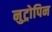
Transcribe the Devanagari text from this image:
नुट्रोपिन